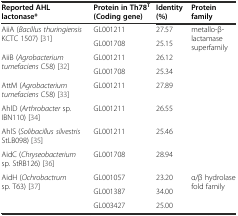
| Reported AHL lactonase* | Protein in Th78T(Coding gene) | Identity (%) | Protein family |
 | --- | --- | --- | --- |
 | <ROWSPAN=2> AiiA (Bacillus thuringiensis KCTC 1507) [31] | GL001211 | 27.57 | <ROWSPAN=8> metallo-β-lactamase superfamily |
 | GL001708 | 25.15 |
 | <ROWSPAN=2> AiiB (Agrobacterium tumefaciens C58) [32] | GL001211 | 26.12 |
 | GL001708 | 25.34 |
 | AttM (Agrobacterium tumefaciens C58) [33] | GL001211 | 27.89 |
 | AhlD (Arthrobacter sp. IBN110) [34] | GL001211 | 26.55 |
 | AhlS (Solibacillus silvestris StLB098) [35] | GL001211 | 25.46 |
 | AidC (Chryseobacterium sp. StRB126) [36] | GL001708 | 28.94 |
 | <ROWSPAN=3> AidH (Ochrobactrum sp. T63) [37] | GL001057 | 23.20 | <ROWSPAN=3> α/β hydrolase fold family |
 | GL001387 | 34.00 |
 | GL003427 | 25.00 |